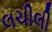
લચીલી